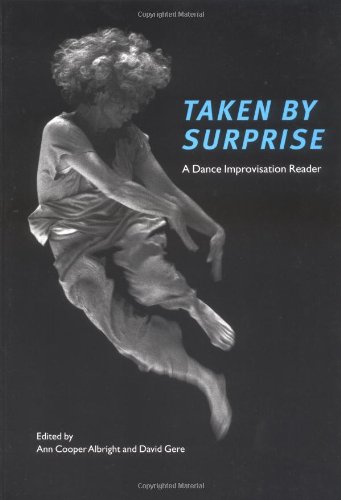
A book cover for Taken by Surprise: A Dance Improvisation Reader; Humor & Entertainment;